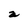
Character: a